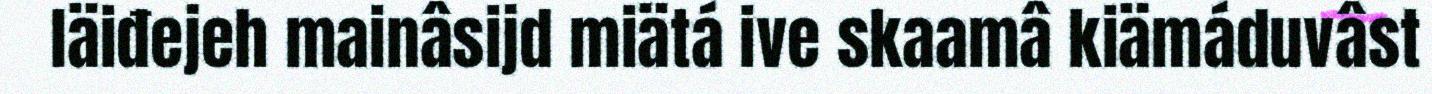
läiđejeh mainâsijd miätá ive skaamâ kiämáduvâst